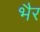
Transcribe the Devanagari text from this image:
भैर